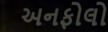
અનફોલો